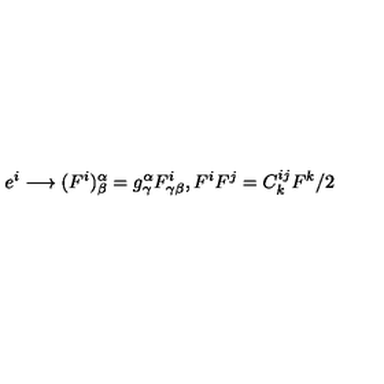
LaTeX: e ^ { i } \longrightarrow ( F ^ { i } ) _ { \beta } ^ { \alpha } = g _ { \gamma } ^ { \alpha } F _ { \gamma \beta } ^ { i } , F ^ { i } F ^ { j } = C _ { k } ^ { i j } F ^ { k } / 2